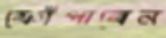
ফোঁপাবেন